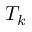
T _ { k }